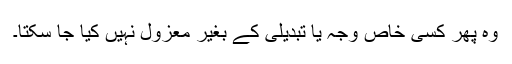
وہ پھر کسی خاص وجہ یا تبدیلی کے بغیر معزول نہیں کیا جا سکتا۔